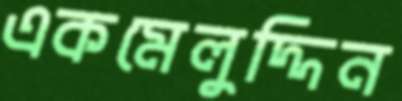
একমেলুদ্দিন